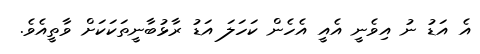
އެ އަޑު ނު އިވެނީ އެއީ އެހެން ކަހަލަ އަޑު ރާޅުބާނީތަކަކަށް ވާތީއެވެ.